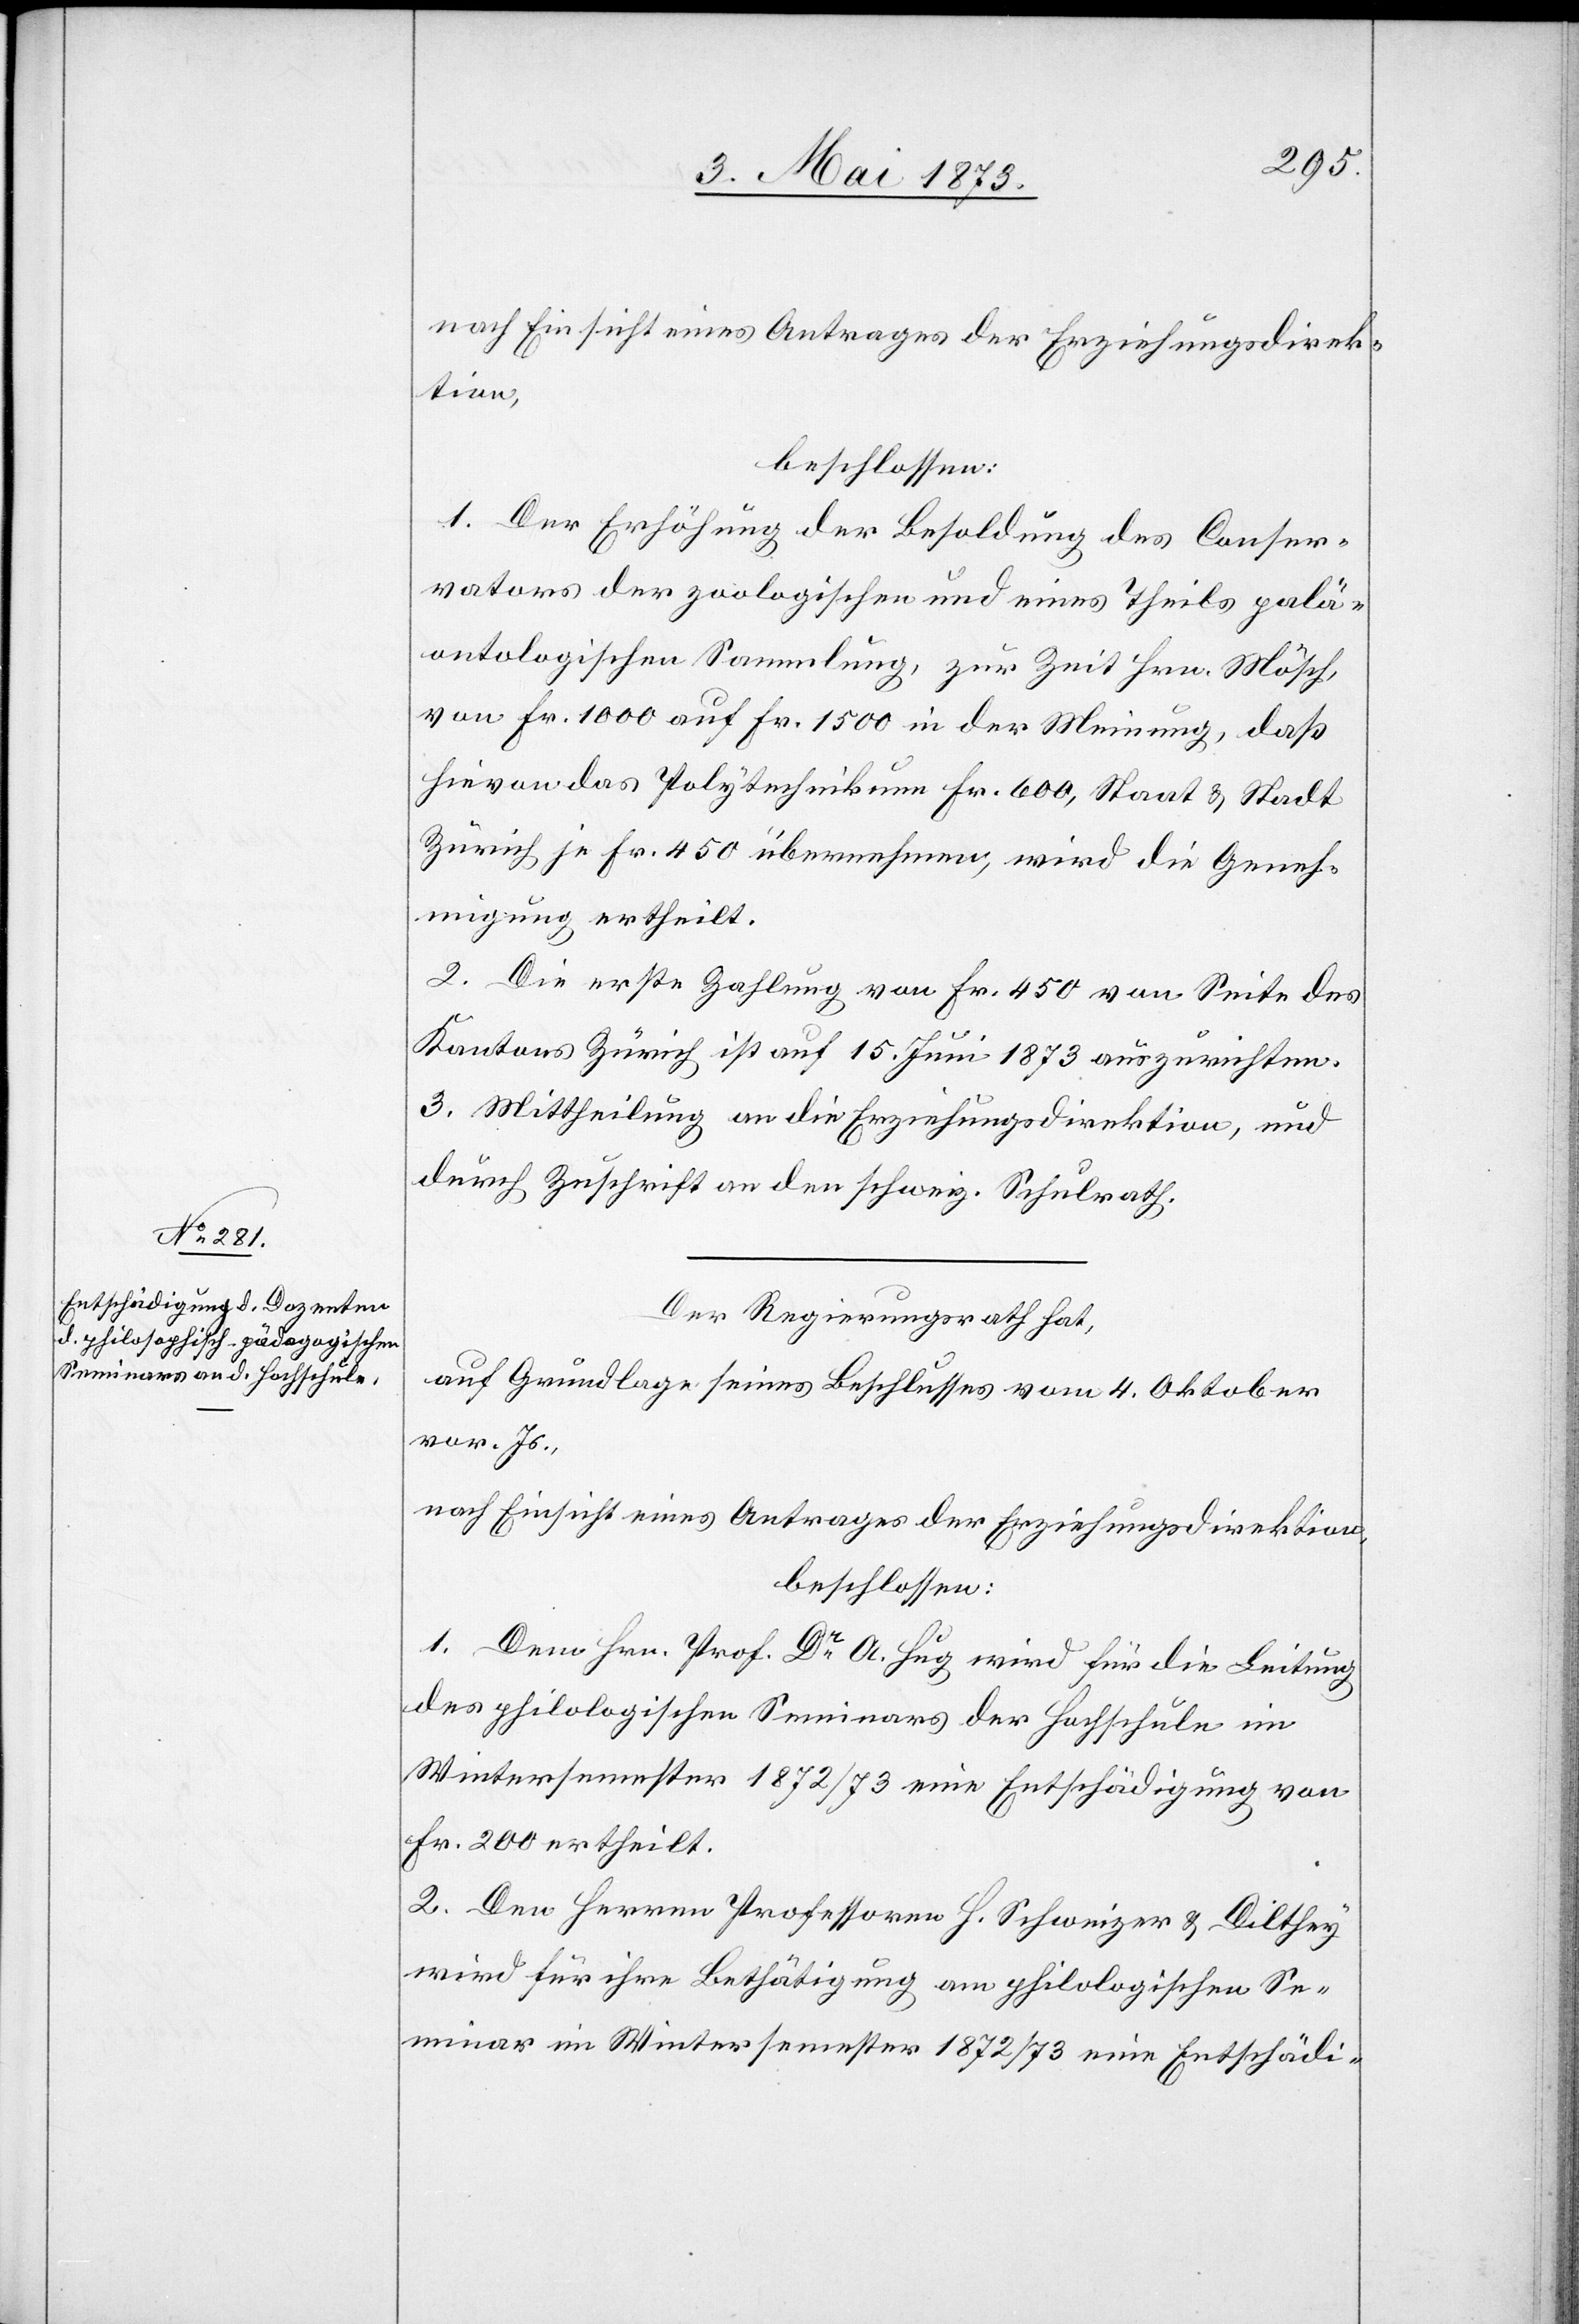
1. Der Erhöhung der Besoldung des Conser¬
vators der zoologischen und eines Theils palä¬
ontologischen Sammlung, zur Zeit Hrn. Mösch,
von Fr. 1 000 auf Fr. 1 500 in der Meinung, daß
hievon das Polytechnikum Fr. 600, Staat & Stadt
Zürich je Fr. 450 übernehmen, wird die Geneh¬
migung ertheilt.
2. Die erste Zahlung von Fr. 450 von Seite des
Kantons Zürich ist auf 15. Juni 1873 auszurichten.
3. Mittheilung an die Erziehungsdirektion, und
durch Zuschrift an den schweiz. Schulrath.
Der Regierungsrath hat,
auf Grundlage seines Beschlusses vom 4. Oktober
vor. Js.,
nach Einsicht eines Antrages der Erziehungsdirektion,
beschlossen:
1. Dem Hrn. Prof. Dr A. Hug wird für die Leitung
des philologischen Seminars der Hochschule im
Wintersemester 1872/73 eine Entschädigung von
Fr. 200 ertheilt.
2. Den Herren Professoren H. Schweizer & Dilthey
wird für ihre Bethätigung am philologischen Se¬
minar im Wintersemester 1872/73 eine Entschädi-